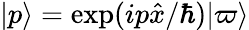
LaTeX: |p\rangle=\exp(ip{\hat{x}}/\hbar)|\varpi\rangle